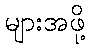
များအဖို့